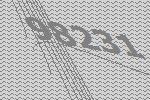
98231